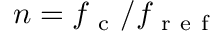
n = f _ { \mathrm { ~ c ~ } } / f _ { \mathrm { ~ r ~ e ~ f ~ } }